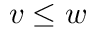
v \leq w